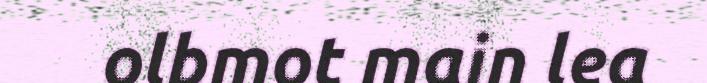
olbmot main lea